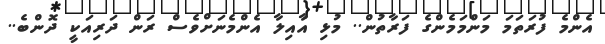
އެންމެ ފުރަތަމަ މަންމަމެންގެ ފަރާތުން.. މުޅި އާއިލާ އެންމެނަށްވެސް ރަން ދަރިއަކީ ދޮންބެ..